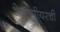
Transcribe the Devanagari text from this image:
शेक्सपीयरची